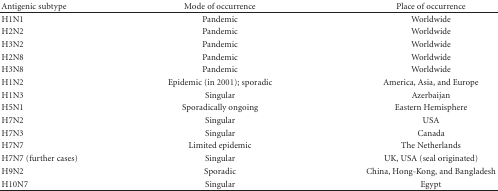
| Antigenic subtype | Mode of occurrence | Place of occurrence |
 | --- | --- | --- |
 | H1N1 | Pandemic | Worldwide |
 | H2N2 | Pandemic | Worldwide |
 | H3N2 | Pandemic | Worldwide |
 | H2N8 | Pandemic | Worldwide |
 | H3N8 | Pandemic | Worldwide |
 | H1N2 | Epidemic (in 2001); sporadic | America, Asia, and Europe |
 | H1N3 | Singular | Azerbaijan |
 | H5N1 | Sporadically ongoing | Eastern Hemisphere |
 | H7N2 | Singular | USA |
 | H7N3 | Singular | Canada |
 | H7N7 | Limited epidemic | The Netherlands |
 | H7N7 (further cases) | Singular | UK, USA (seal originated) |
 | H9N2 | Sporadic | China, Hong-Kong, and Bangladesh |
 | H10N7 | Singular | Egypt |